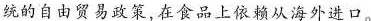
统的自由贸易政策，在食品上依赖从海外进口。